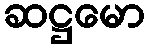
ဆဋ္ဌမော